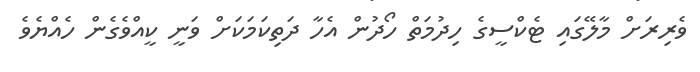
ވެރިރަށް މާލޭގައި ޓެކްސީގެ ހިދުމަތް ހޯދުން އެހާ ދަތިކަމަކަށް ވަނީ ކީއްވެގެން ހެއްޔެވެ